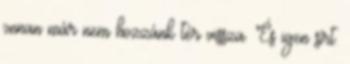
onnan már nem hozzánk tér vissza. És igen sírt.